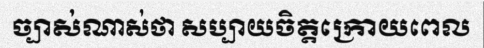
ច្បាស់ណាស់ថា សប្បាយចិត្តក្រោយពេល